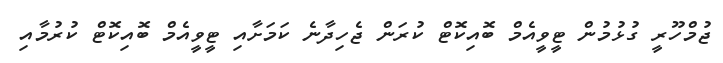
ޖުމްހޫރީ ގުޅުމުން ޓީވީއެމް ބޮއިކޮޓް ކުރަން ޖެހިދާނެ ކަމަށާއި ޓީވީއެމް ބޮއިކޮޓް ކުރުމާއި